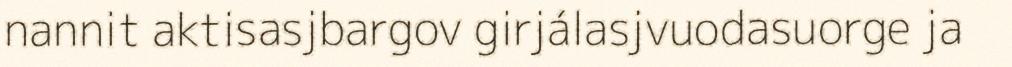
nannit aktisasjbargov girjálasjvuodasuorge ja